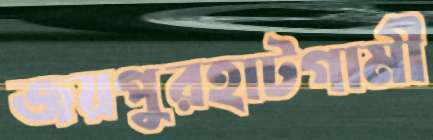
জয়পুরহাটগামী